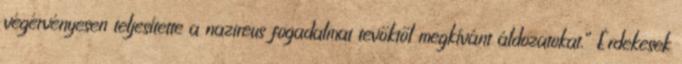
végérvényesen teljesítette a nazireus fogadalmat tevőktől megkívánt áldozatokat.” Érdekesek